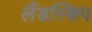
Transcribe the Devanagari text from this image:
लैंडस्किप